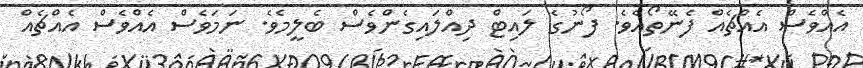
އެއްވެސް އެއްޗެއް ފެނޭތޯއެވެ. ފޯނުގެ ލައިޓް ދިއްލައިގެންވެސް ބެލީމެވެ. ނަމަވެސް އެއްވެސް އެއްޗެއް